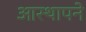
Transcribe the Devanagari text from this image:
आस्थापने